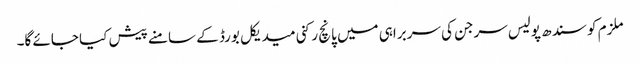
ملزم کو سندھ پولیس سرجن کی سربراہی میں پانچ رکنی میدیکل بورڈ کے سامنے پیش کیا جائے گا۔